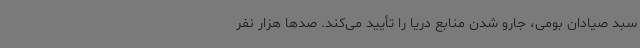
سبد صیادان بومی، جارو شدن منابع دریا را تأیید می‌کند. صدها هزار نفر